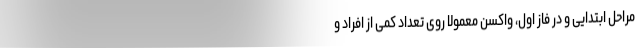
مراحل ابتدایی و در فاز اول، واکسن معمولا روی تعداد کمی از افراد و